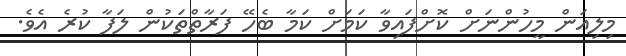
މިލިއަން މީހުންނަށް ކޮށްފައިވާ ކަމަށް ކަމާ ބެހޭ ފަރާތްތަކުން ލަފާ ކުރެ އެވެ.